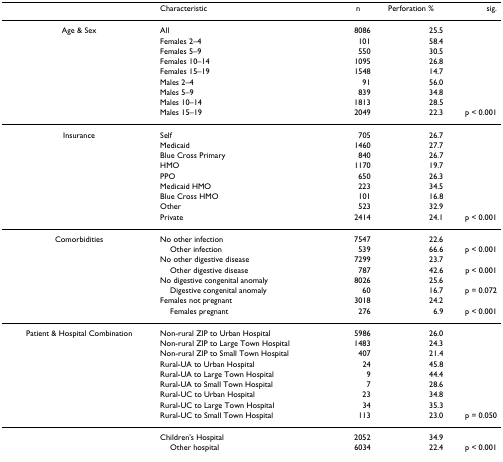
<table><thead><tr><td></td><td><b>Characteristic</b></td><td><b>n</b></td><td><b>Perforation %</b></td><td><b>sig.</b></td></tr></thead><tbody><tr><td>Age &amp; Sex</td><td>All</td><td>8086</td><td>25.5</td><td></td></tr><tr><td></td><td>Females 2–4</td><td>101</td><td>58.4</td><td></td></tr><tr><td></td><td>Females 5–9</td><td>550</td><td>30.5</td><td></td></tr><tr><td></td><td>Females 10–14</td><td>1095</td><td>26.8</td><td></td></tr><tr><td></td><td>Females 15–19</td><td>1548</td><td>14.7</td><td></td></tr><tr><td></td><td>Males 2–4</td><td>91</td><td>56.0</td><td></td></tr><tr><td></td><td>Males 5–9</td><td>839</td><td>34.8</td><td></td></tr><tr><td></td><td>Males 10–14</td><td>1813</td><td>28.5</td><td></td></tr><tr><td></td><td>Males 15–19</td><td>2049</td><td>22.3</td><td>p &lt; 0.001</td></tr><tr><td>Insurance</td><td>Self</td><td>705</td><td>26.7</td><td></td></tr><tr><td></td><td>Medicaid</td><td>1460</td><td>27.7</td><td></td></tr><tr><td></td><td>Blue Cross Primary</td><td>840</td><td>26.7</td><td></td></tr><tr><td></td><td>HMO</td><td>1170</td><td>19.7</td><td></td></tr><tr><td></td><td>PPO</td><td>650</td><td>26.3</td><td></td></tr><tr><td></td><td>Medicaid HMO</td><td>223</td><td>34.5</td><td></td></tr><tr><td></td><td>Blue Cross HMO</td><td>101</td><td>16.8</td><td></td></tr><tr><td></td><td>Other</td><td>523</td><td>32.9</td><td></td></tr><tr><td></td><td>Private</td><td>2414</td><td>24.1</td><td>p &lt; 0.001</td></tr><tr><td>Comorbidities</td><td>No other infection</td><td>7547</td><td>22.6</td><td></td></tr><tr><td></td><td> Other infection</td><td>539</td><td>66.6</td><td>p &lt; 0.001</td></tr><tr><td></td><td>No other digestive disease</td><td>7299</td><td>23.7</td><td></td></tr><tr><td></td><td> Other digestive disease</td><td>787</td><td>42.6</td><td>p &lt; 0.001</td></tr><tr><td></td><td>No digestive congenital anomaly</td><td>8026</td><td>25.6</td><td></td></tr><tr><td></td><td> Digestive congenital anomaly</td><td>60</td><td>16.7</td><td>p = 0.072</td></tr><tr><td></td><td>Females not pregnant</td><td>3018</td><td>24.2</td><td></td></tr><tr><td></td><td> Females pregnant</td><td>276</td><td>6.9</td><td>p &lt; 0.001</td></tr><tr><td>Patient &amp; Hospital Combination</td><td>Non-rural ZIP to Urban Hospital</td><td>5986</td><td>26.0</td><td></td></tr><tr><td></td><td>Non-rural ZIP to Large Town Hospital</td><td>1483</td><td>24.3</td><td></td></tr><tr><td></td><td>Non-rural ZIP to Small Town Hospital</td><td>407</td><td>21.4</td><td></td></tr><tr><td></td><td>Rural-UA to Urban Hospital</td><td>24</td><td>45.8</td><td></td></tr><tr><td></td><td>Rural-UA to Large Town Hospital</td><td>9</td><td>44.4</td><td></td></tr><tr><td></td><td>Rural-UA to Small Town Hospital</td><td>7</td><td>28.6</td><td></td></tr><tr><td></td><td>Rural-UC to Urban Hospital</td><td>23</td><td>34.8</td><td></td></tr><tr><td></td><td>Rural-UC to Large Town Hospital</td><td>34</td><td>35.3</td><td></td></tr><tr><td></td><td>Rural-UC to Small Town Hospital</td><td>113</td><td>23.0</td><td>p = 0.050</td></tr><tr><td></td><td>Children&#x27;s Hospital</td><td>2052</td><td>34.9</td><td></td></tr><tr><td></td><td> Other hospital</td><td>6034</td><td>22.4</td><td>p &lt; 0.001</td></tr></tbody></table>